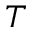
T